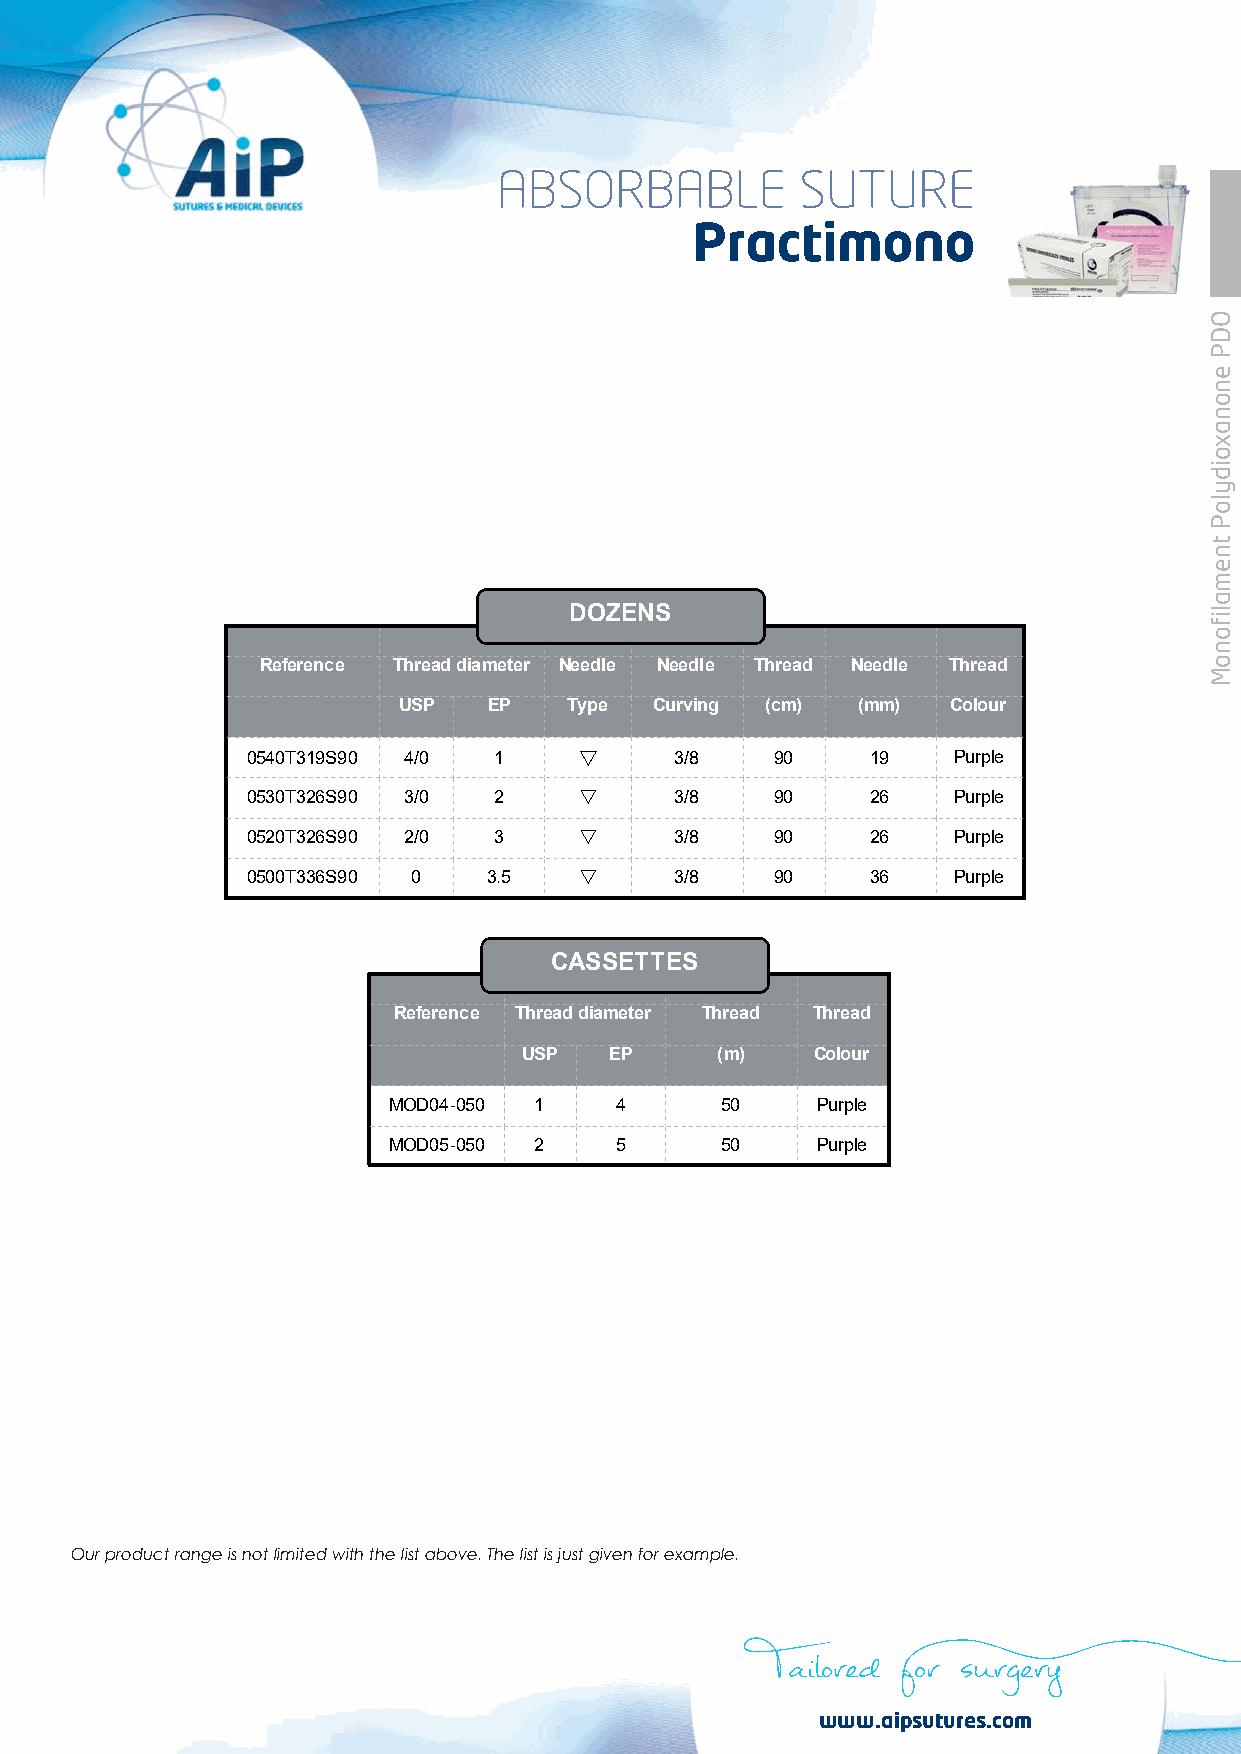
ABSORBABLE          SUTURE
 Practimono
 DOZENS
 Reference Thread diameter Needle Needle Thread Needle Thread
 USP   EP    Type Curving (cm)  (mm)  Colour
 0540T319S90 4/0  1          3/8   90     19   Purple
 0530T326S90 3/0  2          3/8   90     26   Purple
 0520T326S90 2/0  3          3/8   90     26   Purple
 0500T336S90 0   3.5         3/8   90     36   Purple
 CASSETTES
 Reference Thread diameter Thread Thread
 USP  EP     (m)    Colour
 MOD04-050 1    4      50    Purple
 MOD05-050 2    5      50    Purple
 Our product range is not limited with the list above. The list is just given for example.
 Tailored for surgery
 www.aipsutures.com
 ODP
 enonaxoidyloP
 tnemalifonoM